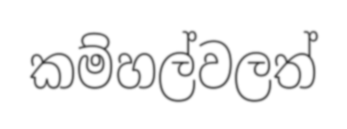
කම්හල්වලත්